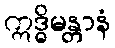
ဣဒ္ဓိမန္တာနံ